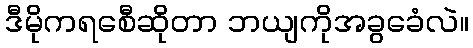
ဒီမိုကရစေီဆိုတာ ဘယျကိုအခွခေံလဲ။